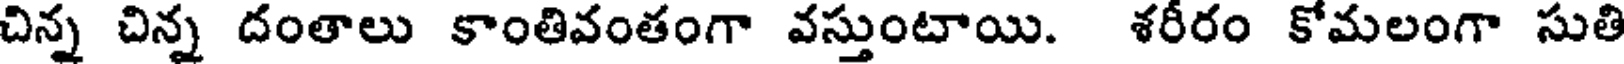
చిన్న చిన్న దంతాలు కాంతివంతంగా వస్తుంటాయి. శరీరం కోమలంగా సుతి